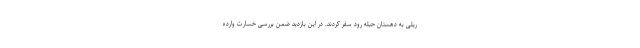
ریلی به دهستان حبله رود سفر کردند. در این بازدید ضمن بررسی خسارت وارده